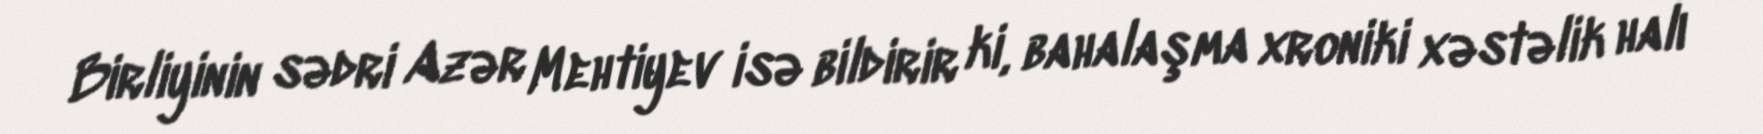
Birliyinin sədri Azər Mehtiyev isə bildirir ki, bahalaşma xroniki xəstəlik halı